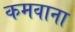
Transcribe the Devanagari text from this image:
कमवाना